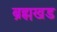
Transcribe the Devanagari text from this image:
ब्रह्मखड